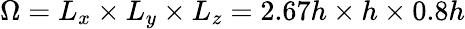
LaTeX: \Omega=L_{x}\times L_{y}\times L_{z}=2.67h\times h\times 0.8h